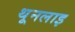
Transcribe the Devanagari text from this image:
थूनलाइ